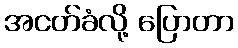
အငတ်ခံလို့ ပြောတာ